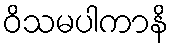
ဝိသမပါကာနိ